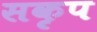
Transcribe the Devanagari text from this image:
सकृप